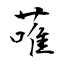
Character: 蓶